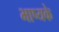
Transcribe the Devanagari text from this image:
भाष्यके